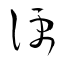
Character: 便